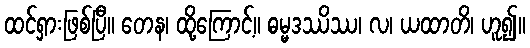
ထင်ရှားဖြစ်ပြီ။ တေန၊ ထို့ကြောင့်။ ဓမ္မဒဿိဿ၊ လ၊ ယထာတိ၊ ဟူ၍။